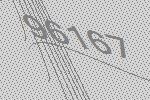
96167